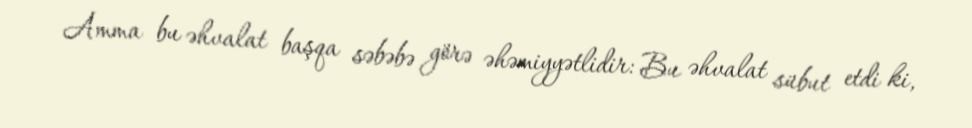
Amma bu əhvalat başqa səbəbə görə əhəmiyyətlidir: Bu əhvalat sübut etdi ki,